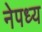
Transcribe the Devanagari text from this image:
नेपध्य